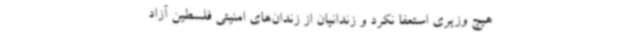
هیچ وزیری استعفا نکرد و زندانیان از زندان‌های امنیتی فلسطین آزاد